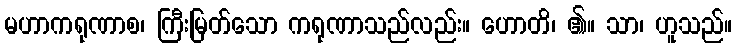
မဟာကရုဏာစ၊ ကြီးမြတ်သော ကရုဏာသည်လည်း။ ဟောတိ၊ ၏။ သာ၊ ဟူသည်။